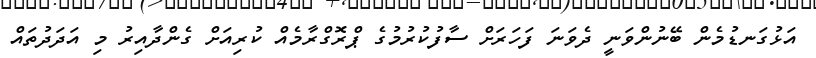
އަޅުގަނޑުމެން ބޭނުންވަނީ ދެވަނަ ފަހަރަށް ސާފުކުރުމުގެ ޕްރޮގްރާމެއް ކުރިއަށް ގެންދާއިރު މި އަދަދުތައް